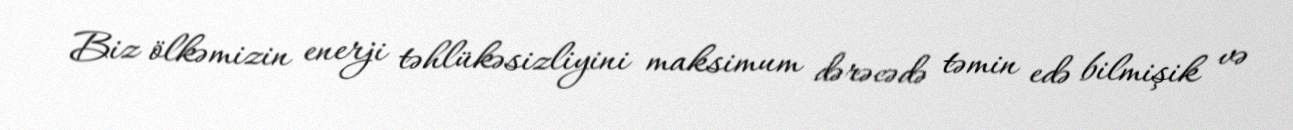
Biz ölkəmizin enerji təhlükəsizliyini maksimum dərəcədə təmin edə bilmişik və